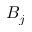
B _ { j }